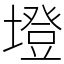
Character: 墱